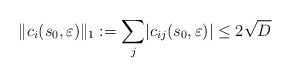
\begin{align*} \lVert c_i(s_0,\varepsilon) \rVert_1:= \sum_j \lvert c_{ij}(s_0,\varepsilon) \rvert \leq 2 \sqrt{D} \end{align*}